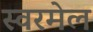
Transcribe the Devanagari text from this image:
स्वरमेल